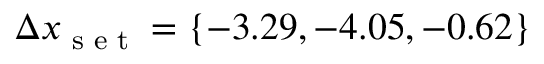
\Delta x _ { \textrm { s e t } } = \{ - 3 . 2 9 , - 4 . 0 5 , - 0 . 6 2 \}